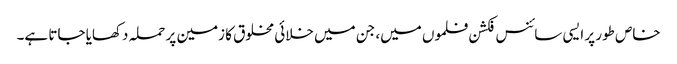
خاص طور پر ایسی سائنس فکشن فلموں میں، جن میں خلائی مخلوق کا زمین پر حملہ دکھایا جاتا ہے۔